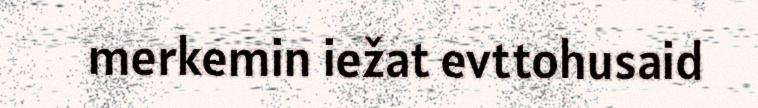
merkemin iežat evttohusaid